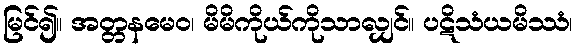
မြင်၍။ အတ္တနမေဝ၊ မိမိကိုယ်ကိုသာလျှင်။ ပဋိသံယမိဿံ၊